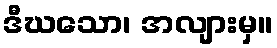
ဒီဃသော၊ အလျားမှ။